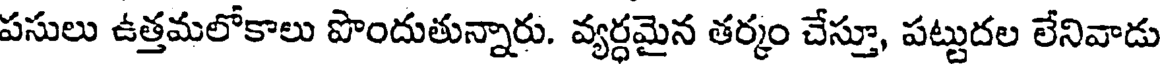
పసులు ఉత్తమలోకాలు పొందుతున్నారు. వ్యర్ధమైన తర్మం చేస్తూ, పట్టుదల లేనివాడు